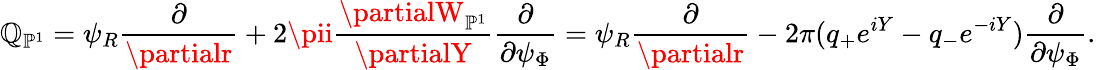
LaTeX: \mathbb{Q}_{\mathbb{{P}}^{1}}=\psi_{R}\frac{{\partial}}{{\partialr}}+2\pii\frac{{\partialW_{\mathbb{{P}}^{1}}}}{{\partialY}}\frac{{\partial}}{{\partial\psi_{\Phi}}}=\psi_{R}\frac{{\partial}}{{\partialr}}-2\pi(q_{+}e^{iY}-q_{-}e^{-iY})\frac{{\partial}}{{\partial\psi_{\Phi}}}.